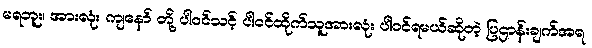
မရဘူး၊ အားလုံး ကျနော် တို့ ပါဝင်သင့် ပါဝင်ထိုက်သူအားလုံး ပါဝင်ရမယ်ဆိုတဲ့ ပြဌာန်းချက်အရ